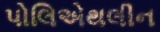
પોલિએથલીન